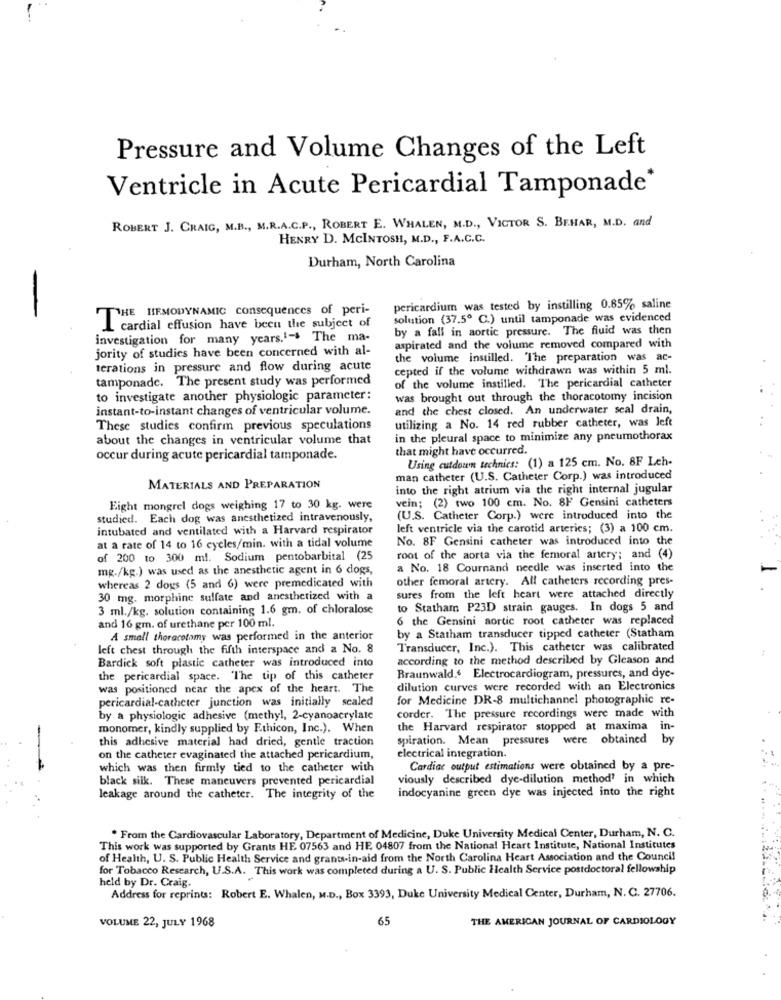
Pressure and Volume Changes of the Left
Ventricle in Acute Pericardial Tamponade*
ROBERT J. CRAIG, M.B ., M.R.A.C.P ., ROBERT E. WHALEN, M.D ., VICTOR S. BEHAR, M.D. and
HENRY D. MCINTOSH, M.D ., F.A.C.C.
Durham, North Carolina
pericardium was tested by instilling 0.85% saline
THE HEMODYNAMIC consequences of peri-
solution (37.5º C.) until tamponade was evidenced
L cardial effusion have been the subject of
by a fall in aortic pressure. The fluid was then
investigation for many years.1- The ma-
jority of studies have been concerned with al-
aspirated and the volume removed compared with
the volume instilled. The preparation was ac-
terations in pressure and flow during acute
cepted if the volume withdrawn was within 5 ml.
tamponade. The present study was performed
of the volume instilled. The pericardial catheter
to investigate another physiologic parameter:
was brought out through the thoracotomy incision
instant-to-instant changes of ventricular volume.
and the chest closed. An underwater seal drain,
These studies confirm previous speculations
utilizing a No. 14 red rubber catheter, was left
about the changes in ventricular volume that
in the pleural space to minimize any pneumothorax
that might have occurred.
occur during acute pericardial tamponade.
Using cutdown technics: (1) a 125 cm. No. 8F Leh-
man catheter (U.S. Catheter Corp.) was introduced
MATERIALS AND PREPARATION
into the right atrium via the right internal jugular
Eight mongrel dogs weighing 17 to 30 kg. were
vein; (2) two 100 cm. No. 8F Gensini catheters
studied. Each dog was anesthetized intravenously,
(U.S. Catheter Corp.) were introduced into the
intubated and ventilated with a Harvard respirator
left ventricle via the carotid arteries; (3) a 100 cm.
No. 8F Gensini catheter was introduced into the
at a rate of 14 to 16 cycles/min. with a tidal volume
of 200 to 300 ml. Sodium pentobarbital (25
root of the aorta via the femoral artery; and (4)
mg./kg.) was used as the anesthetic agent in 6 dogs,
a No. 18 Cournand needle was inserted into the
other femoral artery. All catheters recording pres-
whereas 2 dogs (5 and 6) were premedicated with
30 mg. morphine sulfate and anesthetized with a
sures from the left heart were attached directly
3 ml./kg. solution containing 1.6 gm. of chloralose
to Statham P23D strain gauges. In dogs 5 and
6 the Gensini aortic root catheter was replaced
and 16 gm. of urethane per 100 ml.
A small thoracotomy was performed in the anterior
by a Statham transducer tipped catheter (Statham
left chest through the fifth interspace and a No. 8
Transducer, Inc.). This catheter was calibrated
Bardick soft plastic catheter was introduced into
according to the method described by Gleason and
the pericardial space. "The tip of this catheter
Braunwald. Electrocardiogram, pressures, and dye-
was positioned near the apex of the heart. The
dilution curves were recorded with an Electronics
pericardial-catheter junction was initially scaled
for Medicine DR-8 multichannel photographic re-
by a physiologic adhesive (methyl, 2-cyanoacrylate
corder. The pressure recordings were made with
monomer, kindly supplied by Ethicon, Inc.). When
the Harvard respirator stopped at maxima in-
this adhesive material had dried, gentle traction
spiration. Mean pressures were obtained by
on the catheter evaginated the attached pericardium,
electrical integration.
which was then firmly tied to the catheter with
Cardiac output estimations were obtained by a pre-
black silk. These maneuvers prevented pericardial
viously described dye-dilution method? in which
indocyanine green dye was injected into the right
leakage around the catheter. The integrity of the
. From the Cardiovascular Laboratory, Department of Medicine, Duke University Medical Center, Durham, N. C.
This work was supported by Grants HE 07563 and HE 04807 from the National Heart Institute, National Institutes
of Health, U. S. Public Health Service and grants-in-aid from the North Carolina Heart Association and the Council
for Tobacco Research, U.S.A. This work was completed during a U. S. Public Health Service postdoctoral fellowship
held by Dr. Craig.
Address for reprints: Robert E. Whalen, M.D ., Box 3393, Duke University Medical Center, Durham, N. C. 27706.
VOLUME 22, JULY 1968
65
THE AMERICAN JOURNAL OF CARDIOLOGY